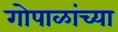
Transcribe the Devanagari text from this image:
गोपाळांच्या